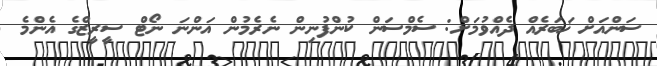
ސަންއަށް ޚަބަރެއް ދެއްވުމަށް: ސެމްސަން ކުންފުނިން ނެރެމުން އަންނަ ނޯޓް ސީރީޒްގެ އެންމެ